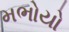
મભોયો